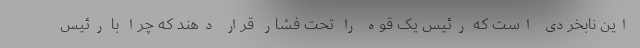
این نابخردی است که رئیس یک قوه را تحت فشار قرار ‌دهند که چرا با رئیس